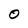
Character: O